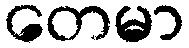
တေမာ